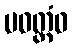
ပဝတ္တံဝ